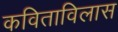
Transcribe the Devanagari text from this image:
कविताविलास